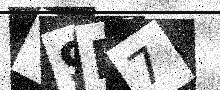
Text: Y9P7